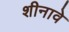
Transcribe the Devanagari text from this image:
शीनावे